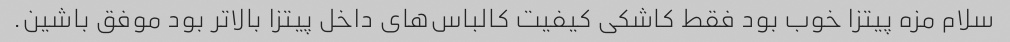
سلام مزه پیتزا خوب بود فقط کاشکی کیفیت کالباس‌های داخل پیتزا بالاتر بود موفق باشین.